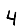
Digit: 4